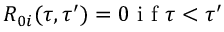
R _ { 0 i } ( \tau , \tau ^ { \prime } ) = 0 \mathrm { ~ i ~ f ~ } \tau < \tau ^ { \prime }